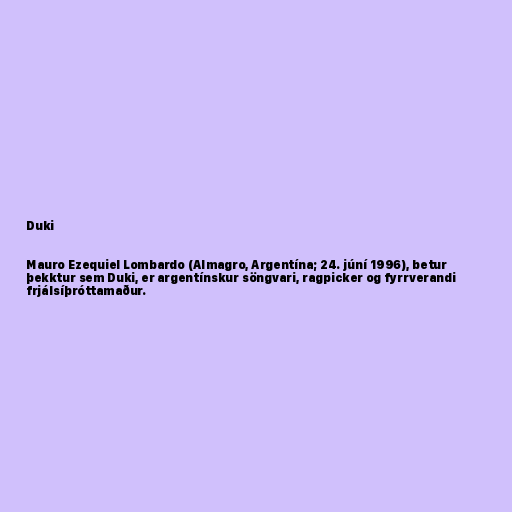
Duki

Mauro Ezequiel Lombardo (Almagro, Argentína; 24. júní 1996), betur
þekktur sem Duki, er argentínskur söngvari, ragpicker og fyrrverandi
frjálsíþróttamaður.